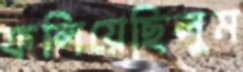
ফলিয়েছিলুম